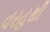
વરહથી